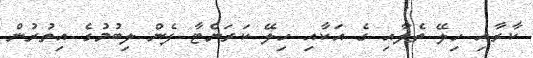
ކާރާއި ހިލޭ ތެލާއި ގެ އަކާއި ހިލޭ ކަރަންޓާ ފެން ލިބުމުގެ އިތުރުން